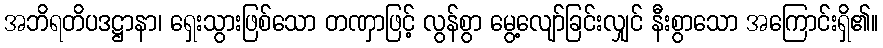
အဘိရတိပဒဋ္ဌာနာ၊ ရှေးသွားဖြစ်သော တဏှာဖြင့် လွန်စွာ မွေ့လျော်ခြင်းလျှင် နီးစွာသော အကြောင်းရှိ၏။